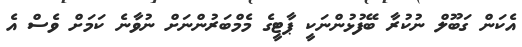
އެކަން ގަބޫލް ނުކުރާ ބޭފުޅުންނަކީ ޕާޓީގެ މެމްބަރުންނަށް ނުވާނެ ކަމަށް ވެސް އެ